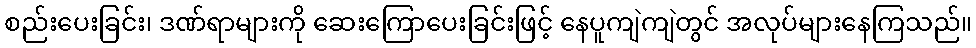
စည်းပေးခြင်း၊ ဒဏ်ရာများကို ဆေးကြောပေးခြင်းဖြင့် နေပူကျဲကျဲတွင် အလုပ်များနေကြသည်။